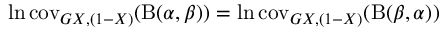
\ln \operatorname { c o v } _ { G X , ( 1 - X ) } ( \mathrm { B } ( \alpha , \beta ) ) = \ln \operatorname { c o v } _ { G X , ( 1 - X ) } ( \mathrm { B } ( \beta , \alpha ) )